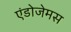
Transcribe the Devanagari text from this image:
एंडोजेमस